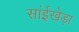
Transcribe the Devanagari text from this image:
सांईखेड़ा